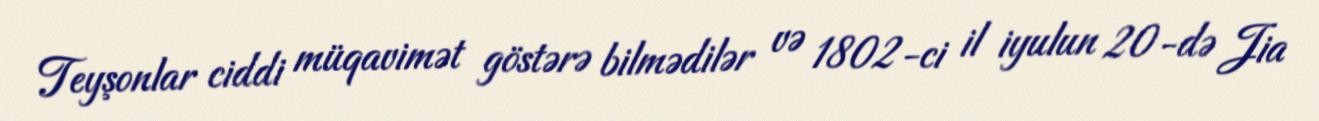
Teyşonlar ciddi müqavimət göstərə bilmədilər və 1802-ci il iyulun 20-də Jia